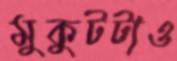
মুকুটটাও